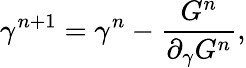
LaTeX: \gamma^{n+1}=\gamma^{n}-\frac{G^{n}}{\partial_{\gamma}G^{n}},